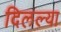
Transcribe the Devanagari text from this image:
दिलल्या